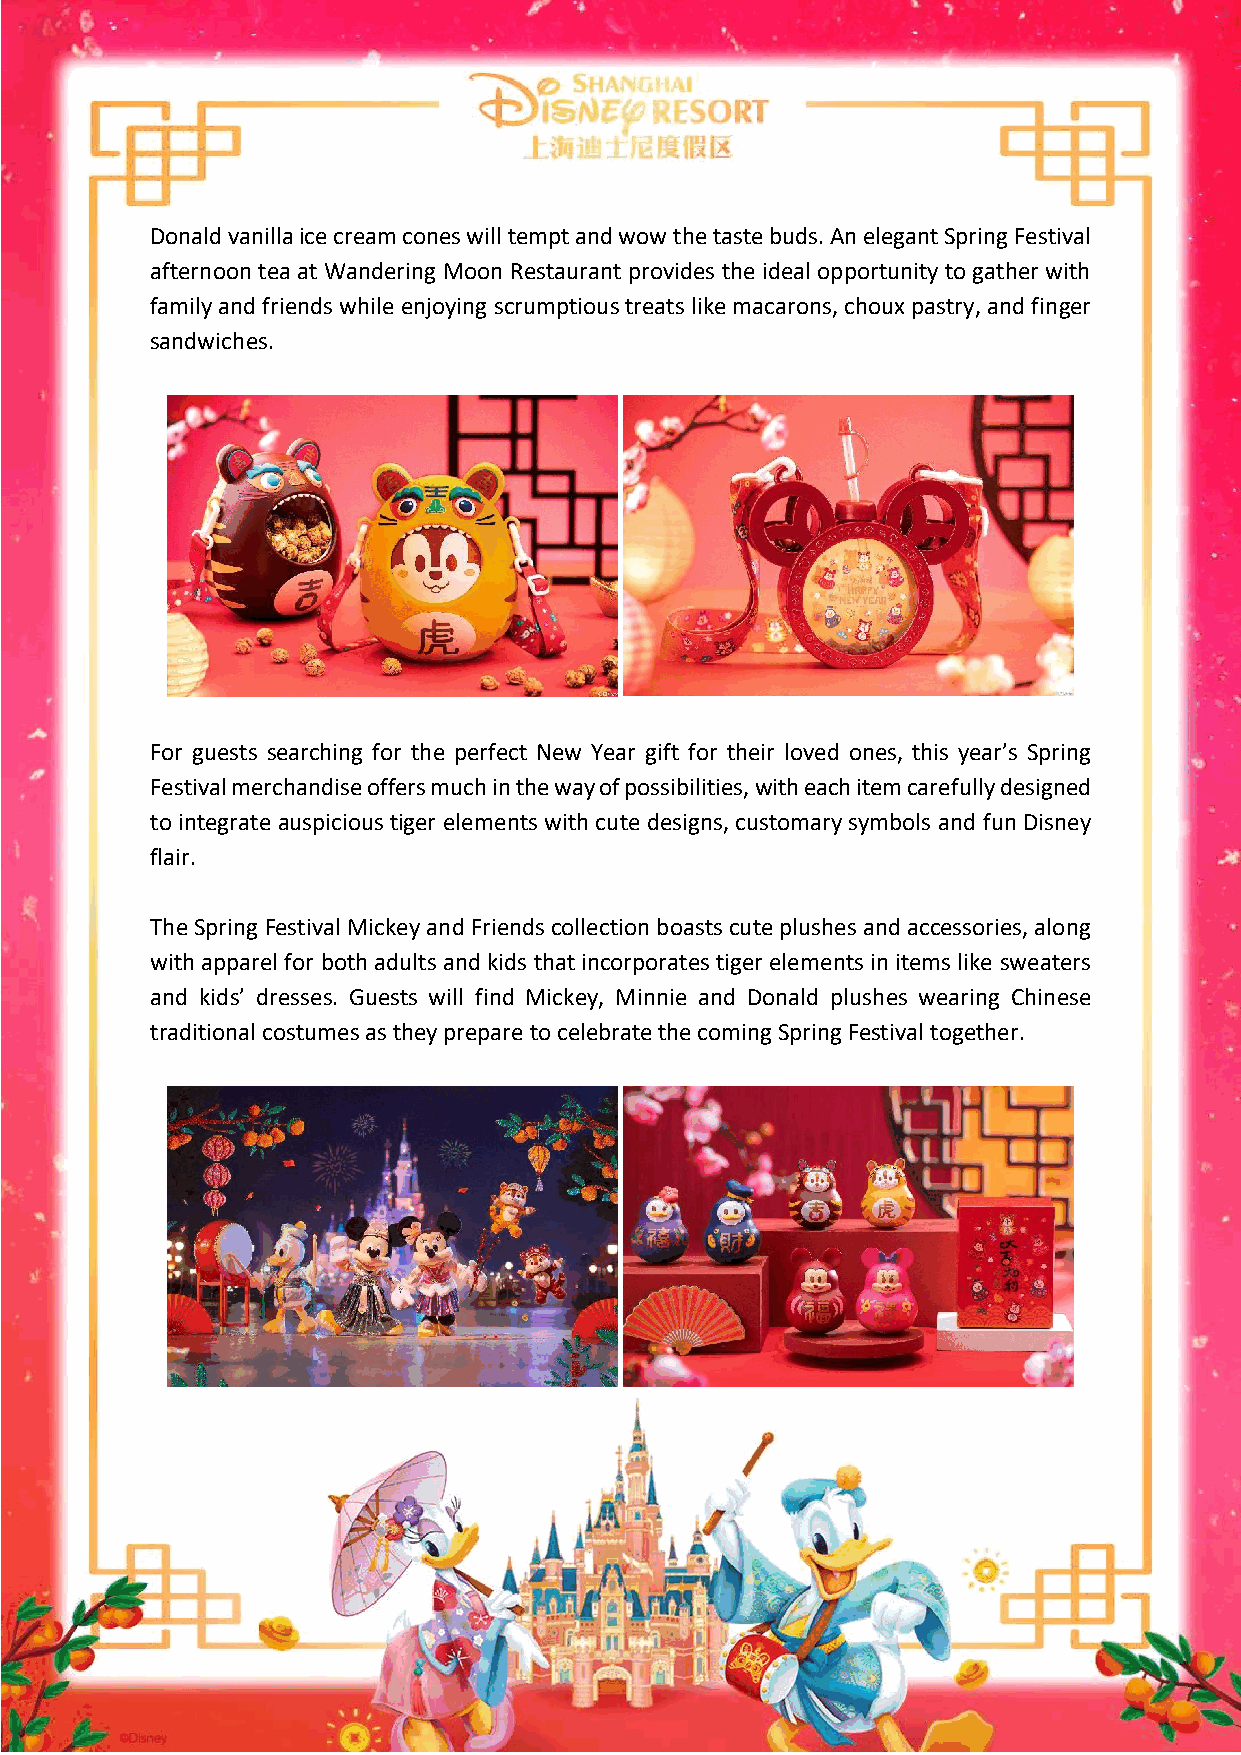
Donald vanilla ice cream cones will tempt and wow the taste buds. An elegant Spring Festival
 afternoon tea at Wandering Moon Restaurant provides the ideal opportunity to gather with
 family and friends while enjoying scrumptious treats like macarons, choux pastry, and finger
 sandwiches.
 For guests searching for the perfect New Year gift for their loved ones, this year’s Spring
 Festival merchandise offers much in the way of possibilities, with each item carefully designed
 to integrate auspicious tiger elements with cute designs, customary symbols and fun Disney
 flair.
 The Spring Festival Mickey and Friends collection boasts cute plushes and accessories, along
 with apparel for both adults and kids that incorporates tiger elements in items like sweaters
 and kids’ dresses. Guests will find Mickey, Minnie and Donald plushes wearing Chinese
 traditional costumes as they prepare to celebrate the coming Spring Festival together.